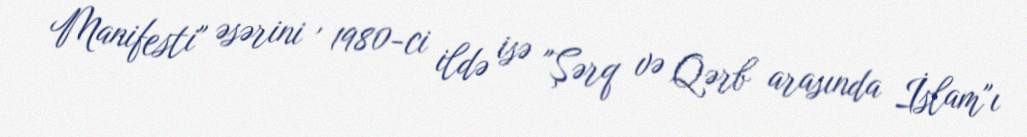
Manifesti" əsərini , 1980-ci ildə isə "Şərq və Qərb arasında İslam"ı